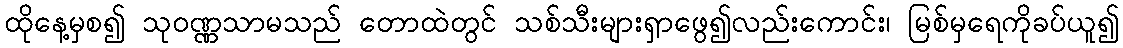
ထိုနေ့မှစ၍ သုဝဏ္ဏသာမသည် တောထဲတွင် သစ်သီးများရှာဖွေ၍လည်းကောင်း၊ မြစ်မှရေကိုခပ်ယူ၍